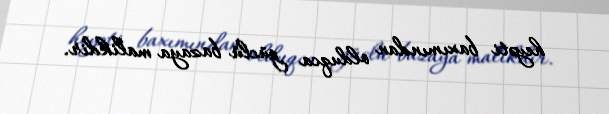
heyəti baxımından olduqca güclü bazaya malikdir.